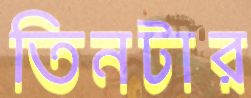
তিনটার